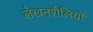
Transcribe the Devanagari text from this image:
लेखनशैलियों